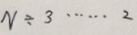
N \div 3 \cdots 2